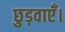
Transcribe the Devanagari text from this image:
छुड़वाएँ।